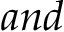
a n d